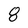
Character: 8